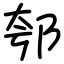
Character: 郀